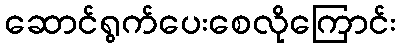
ဆောင်ရွက်ပေးစေလိုကြောင်း